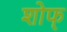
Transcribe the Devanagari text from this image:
शोफ्